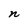
Character: n